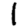
Digit: 1